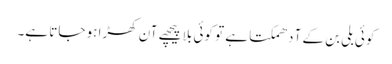
کوئی بلی بن کے آ دھمکتا ہے تو کوئی بلا پیچھے آن کھڑا ہو جاتا ہے۔